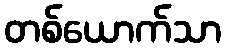
တစ်ယောက်သာ